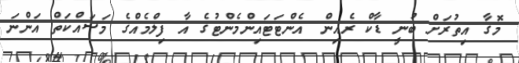
މޮގާ އިތުރަށް ބުނީ ޑާކް ރެއިން އެންޓަޓައިންމެންޓުގެ އާ ފިލްމެއްގެ މަސައްކަތް އަންނަ